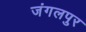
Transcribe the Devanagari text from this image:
जंगलपुर